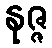
နုဇ္ဇ